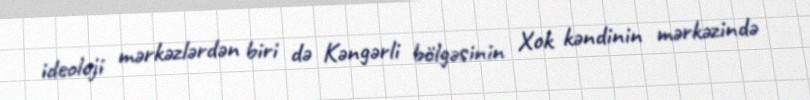
ideoloji mərkəzlərdən biri də Kəngərli bölgəsinin Xok kəndinin mərkəzində